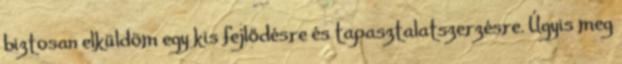
biztosan elküldöm egy kis fejlődésre és tapasztalatszerzésre. Úgyis meg